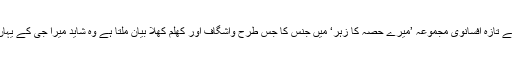
فیاض رفعت کے تازہ افسانوی مجموعہ ’میرے حصہ کا زہر‘ میں جنس کا جس طرح واشگاف اور کھلم کھلا بیان ملتا ہے وہ شاید میرا جی کے یہاں بھی نہیں ہے۔